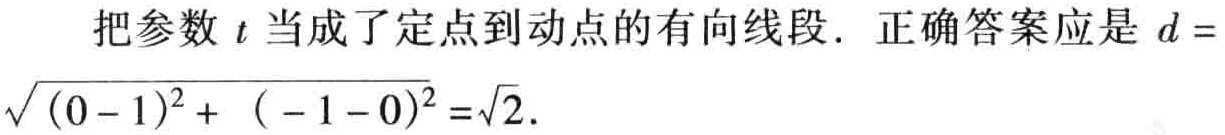
把参数\(t\)当成了定点到动点的有向线段. 正确答案应是 \(d = \sqrt{(0 - 1)^2 + (-1 - 0)^2}=\sqrt{2}\).